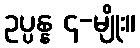
ဥပ္ပန္န ၄-မျိုး။